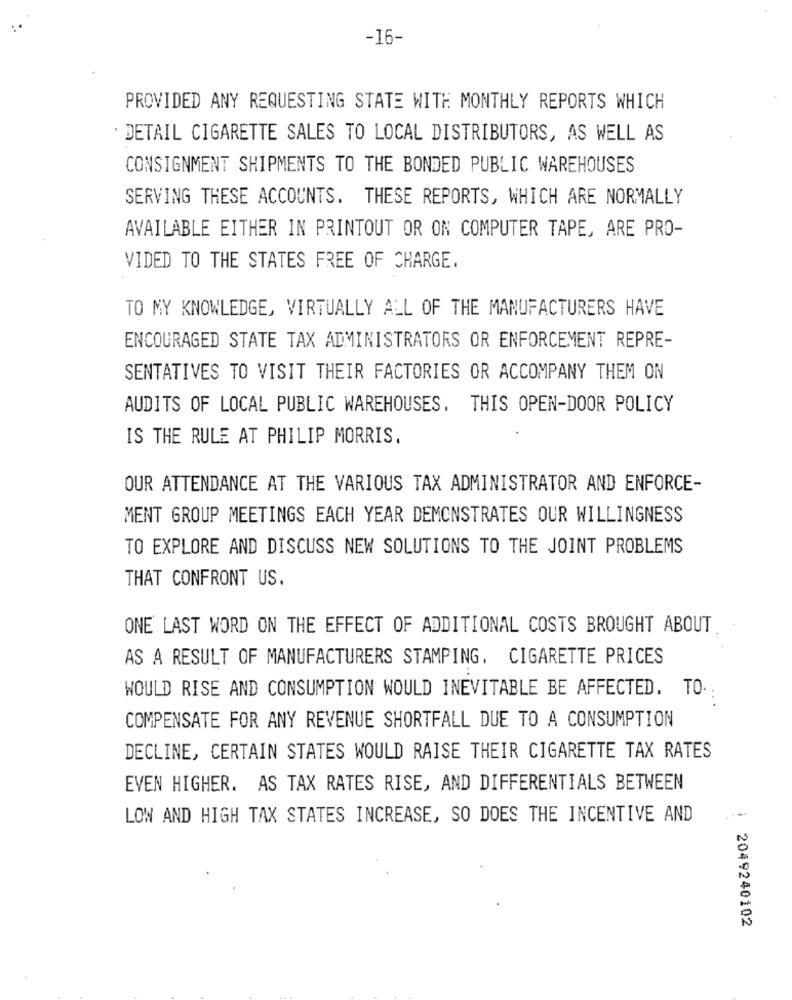
-16-
PROVIDED ANY REQUESTING STATE WITH MONTHLY REPORTS WHICH
: DETAIL CIGARETTE SALES TO LOCAL DISTRIBUTORS, AS WELL AS
CONSIGNMENT SHIPMENTS TO THE BONDED PUBLIC WAREHOUSES
SERVING THESE ACCOUNTS. THESE REPORTS, WHICH ARE NORMALLY
AVAILABLE EITHER IN PRINTOUT OR ON COMPUTER TAPE, ARE PRO-
VIDED TO THE STATES FREE OF CHARGE.
TO MY KNOWLEDGE, VIRTUALLY ALL OF THE MANUFACTURERS HAVE
ENCOURAGED STATE TAX ADMINISTRATORS OR ENFORCEMENT REPRE-
SENTATIVES TO VISIT THEIR FACTORIES OR ACCOMPANY THEM ON
AUDITS OF LOCAL PUBLIC WAREHOUSES. THIS OPEN-DOOR POLICY
IS THE RULE AT PHILIP MORRIS.
OUR ATTENDANCE AT THE VARIOUS TAX ADMINISTRATOR AND ENFORCE-
MENT GROUP MEETINGS EACH YEAR DEMONSTRATES OUR WILLINGNESS
TO EXPLORE AND DISCUSS NEW SOLUTIONS TO THE JOINT PROBLEMS
THAT CONFRONT US.
ONE LAST WORD ON THE EFFECT OF ADDITIONAL COSTS BROUGHT ABOUT
AS A RESULT OF MANUFACTURERS STAMPING. CIGARETTE PRICES
WOULD RISE AND CONSUMPTION WOULD INEVITABLE BE AFFECTED. TO.
COMPENSATE FOR ANY REVENUE SHORTFALL DUE TO A CONSUMPTION
DECLINE, CERTAIN STATES WOULD RAISE THEIR CIGARETTE TAX RATES
EVEN HIGHER. AS TAX RATES RISE, AND DIFFERENTIALS BETWEEN
LOW AND HIGH TAX STATES INCREASE, SO DOES THE INCENTIVE AND
1 2049240102